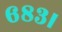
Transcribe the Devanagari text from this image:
६८३।